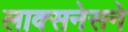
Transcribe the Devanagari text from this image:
लाक्सनेसने